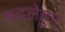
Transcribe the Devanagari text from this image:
बदलेहुए